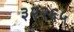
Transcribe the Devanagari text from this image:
३२२६५